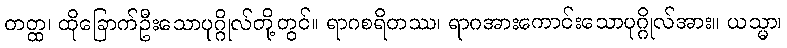
တတ္ထ၊ ထိုခြောက်ဦးသောပုဂ္ဂိုလ်တို့တွင်။ ရာဂစရိတဿ၊ ရာဂအားကောင်းသောပုဂ္ဂိုလ်အား။ ယသ္မာ၊